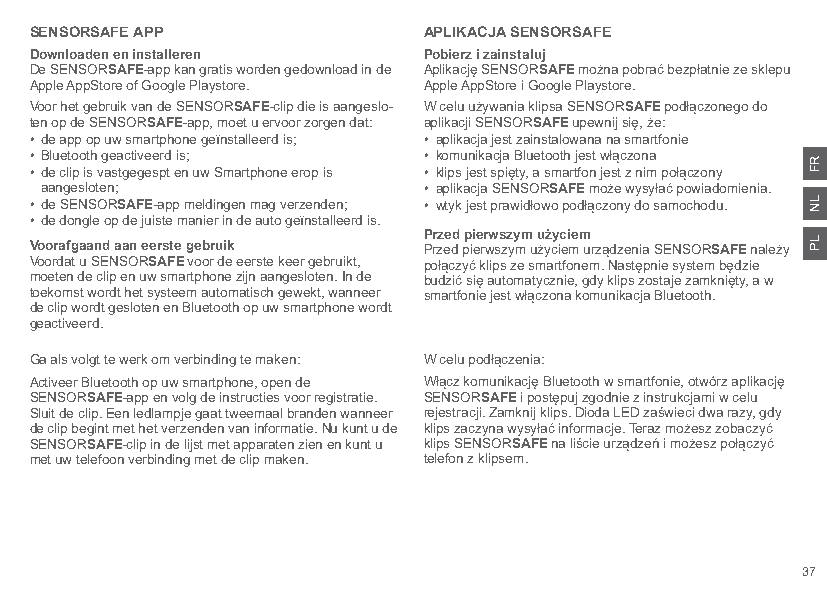
SENSORSAFE APP            APLIKACJA SENSORSAFE
 Downloaden en installeren Pobierz i zainstaluj
 De SENSORSAFE-app kan gratis worden gedownload in de Aplikację SENSORSAFE można pobrać bezpłatnie ze sklepu
 Apple AppStore of Google Playstore. Apple AppStore i Google Playstore.
 Voor het gebruik van de SENSORSAFE-clip die is aangeslo- W celu używania klipsa SENSORSAFE podłączonego do
 ten op de SENSORSAFE-app, moet u ervoor zorgen dat: aplikacji SENSORSAFE upewnij się, że:
 • de app op uw smartphone geïnstalleerd is; • aplikacja jest zainstalowana na smartfonie
 • Bluetooth geactiveerd is; • komunikacja Bluetooth jest włączona
 • de clip is vastgegespt en uw Smartphone erop is • klips jest spięty, a smartfon jest z nim połączony
 aangesloten;             • aplikacja SENSORSAFE może wysyłać powiadomienia.
 • de SENSORSAFE-app meldingen mag verzenden; • wtyk jest prawidłowo podłączony do samochodu.
 • de dongle op de juiste manier in de auto geïnstalleerd is.
 Przed pierwszym użyciem
 Voorafgaand aan eerste gebruik Przed pierwszym użyciem urządzenia SENSORSAFE należy
 Voordat u SENSORSAFE voor de eerste keer gebruikt, połączyć klips ze smartfonem. Następnie system będzie
 moeten de clip en uw smartphone zijn aangesloten. In de budzić się automatycznie, gdy klips zostaje zamknięty, a w
 toekomst wordt het systeem automatisch gewekt, wanneer smartfonie jest włączona komunikacja Bluetooth.
 de clip wordt gesloten en Bluetooth op uw smartphone wordt
 geactiveerd.
 Ga als volgt te werk om verbinding te maken: W celu podłączenia:
 Activeer Bluetooth op uw smartphone, open de Włącz komunikację Bluetooth w smartfonie, otwórz aplikację
 SENSORSAFE-app en volg de instructies voor registratie. SENSORSAFE i postępuj zgodnie z instrukcjami w celu
 Sluit de clip. Een ledlampje gaat tweemaal branden wanneer rejestracji. Zamknij klips. Dioda LED zaświeci dwa razy, gdy
 de clip begint met het verzenden van informatie. Nu kunt u de klips zaczyna wysyłać informacje. Teraz możesz zobaczyć
 SENSORSAFE-clip in de lijst met apparaten zien en kunt u klips SENSORSAFE na liście urządzeń i możesz połączyć
 met uw telefoon verbinding met de clip maken. telefon z klipsem.
 37
 RF
 LN
 LP